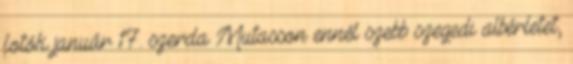
fotók január 17. szerda Mutasson ennél szebb szegedi albérletet,